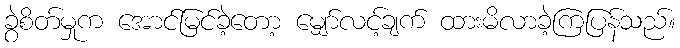
ခွဲစိတ်မှုက အောင်မြင်ခဲ့တော့ မျှော်လင့်ချက် ထားမိလာခဲ့ကြပြန်သည်။